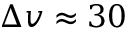
\Delta v \approx 3 0